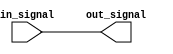
module simple_assign(
    input wire in_signal,
    output reg out_signal
);

assign out_signal = in_signal;

endmodule